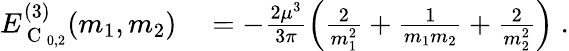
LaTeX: \begin{array}{rl}{E_{\mathrm{~C~}_{0,2}}^{(3)}(m_{1},m_{2})}&{{}=-\frac{2\mu^{3}}{3\pi}\left(\frac{2}{m_{1}^{2}}+\frac{1}{m_{1}m_{2}}+\frac{2}{m_{2}^{2}}\right)\; .}\end{array}